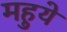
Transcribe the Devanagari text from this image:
महुये